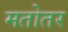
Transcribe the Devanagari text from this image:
मतोतर